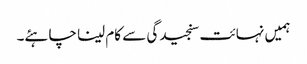
ہمیں نہائت سنجیدگی سے کام لینا چاہئے۔